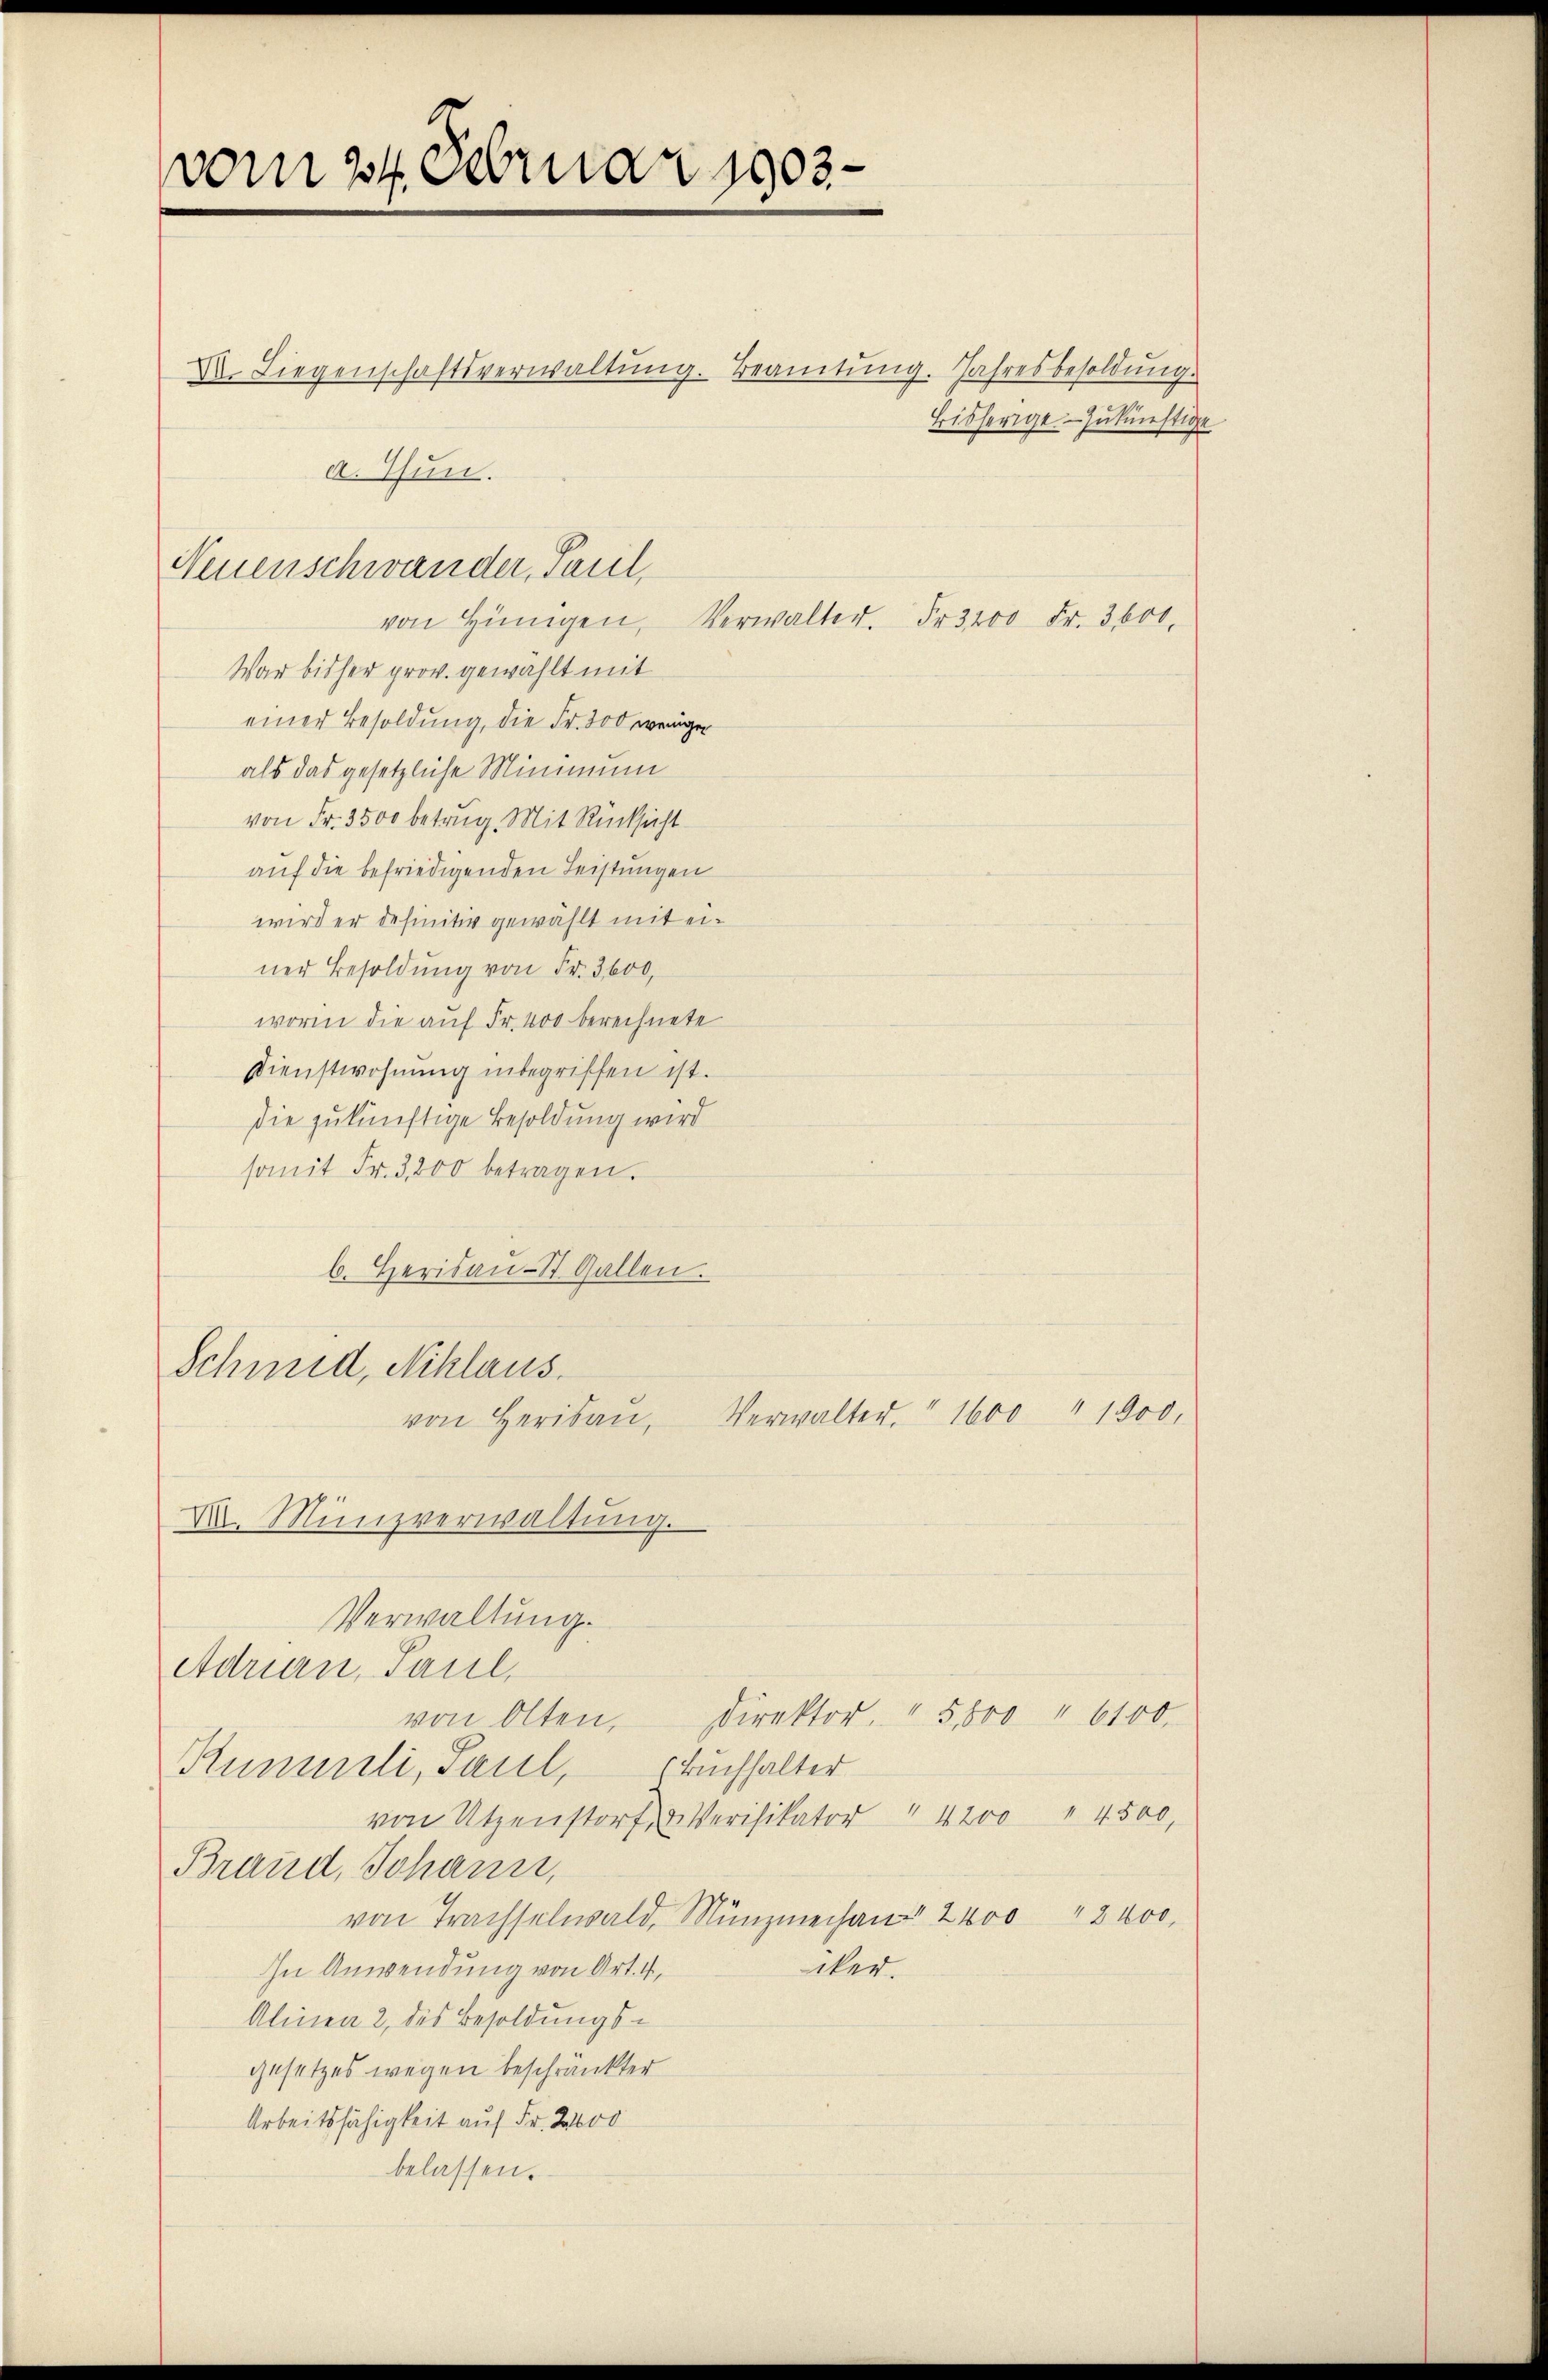
vom 24. Februar 1903.

Dr. Liegenschaftsverwaltŭng. Beamtŭng. Jahresbesoldŭng.
Bisherige zukünftige
a. Thun.

Neuenschwander, Paul,
von Hünigen, Verwalter. Fr. 3200 Fr. 3600.

War bisher prov. gewählt mit
einer Besoldung, die Fr. 300 weniger
als das gesetzliche Mimmung
von Fr. 3500 betrug. Mit Rücksicht
auf die befriedigenden Leistungen
wird er definitiv gewählt mit einer Besoldung von Fr. 3600,
worin die auf Fr. 400 berechnete
Dienstwohnung inbegriffen ist.
die zukünftige Besoldung wird
somit Fr. 3200 betragen.
b. Herisau-St. Gallen.
Schmid, Niklaus

XII. Münzverwaltŭng.
Verwaltung.
Adrian, Paul,
von Olten,
Rummili, Paul, (Buchhalter

von Utzenstorf & Verifikator  4200 " 4500,
Brand, Johann,
von Trachselwald, Münzmechan 2400 " 2400.
cker.
In Anwendung von Art. 4,
Alinea 2 des Besoldungsgesetzes wegen beschränkter
Arbeitsfähigkeit auf Fr. 2000
belassen.

von Herisaŭ, Verwalter." 1600 " 1900.

Direktor. " 5600 " 6100.